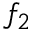
f _ { 2 }